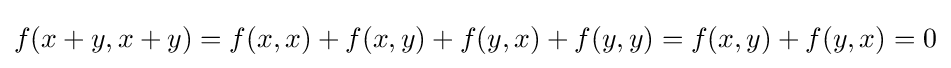
f(x+y,x+y)=f(x,x)+f(x,y)+f(y,x)+f(y,y)=f(x,y)+f(y,x)=0